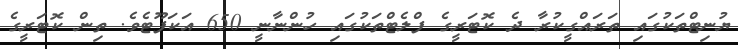
ޔުނިޓްތަކުގައި ތަރައްގީކުރާ ދެ ކޮޓަރީގެ ފްލެޓްތަކުގައި ހުންނާނީ 650 އަކަފޫޓެވެ. ތިން ކޮޓަރީގެ